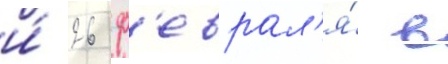
и́ 26 ф'еврал'я́ в